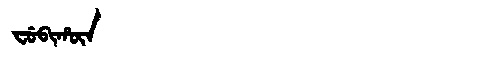
Manchu: ᠸᡠᠪᡳᡥᡡᠨ
Romanization: FUBIHŪN